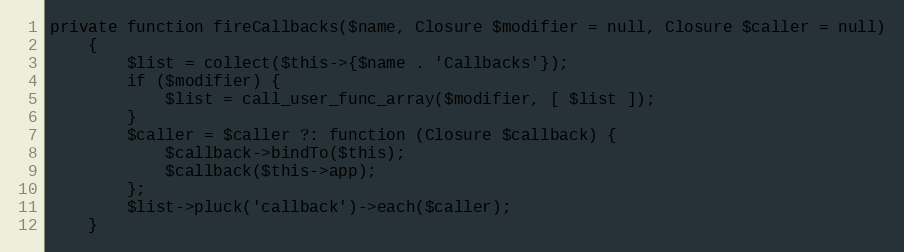
Language: PHP
private function fireCallbacks($name, Closure $modifier = null, Closure $caller = null)
    {
        $list = collect($this->{$name . 'Callbacks'});
        if ($modifier) {
            $list = call_user_func_array($modifier, [ $list ]);
        }
        $caller = $caller ?: function (Closure $callback) {
            $callback->bindTo($this);
            $callback($this->app);
        };
        $list->pluck('callback')->each($caller);
    }